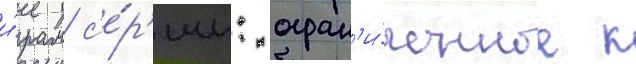
и́грам с'е́р'ии: огран'и́ченное к